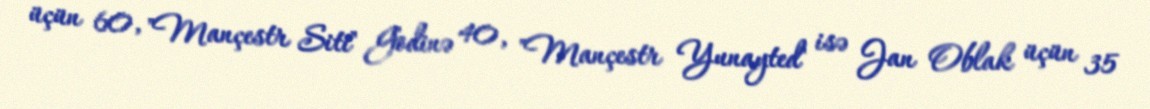
üçün 60, "Mançestr Siti" Godinə 40, "Mançestr Yunayted" isə Jan Oblak üçün 35